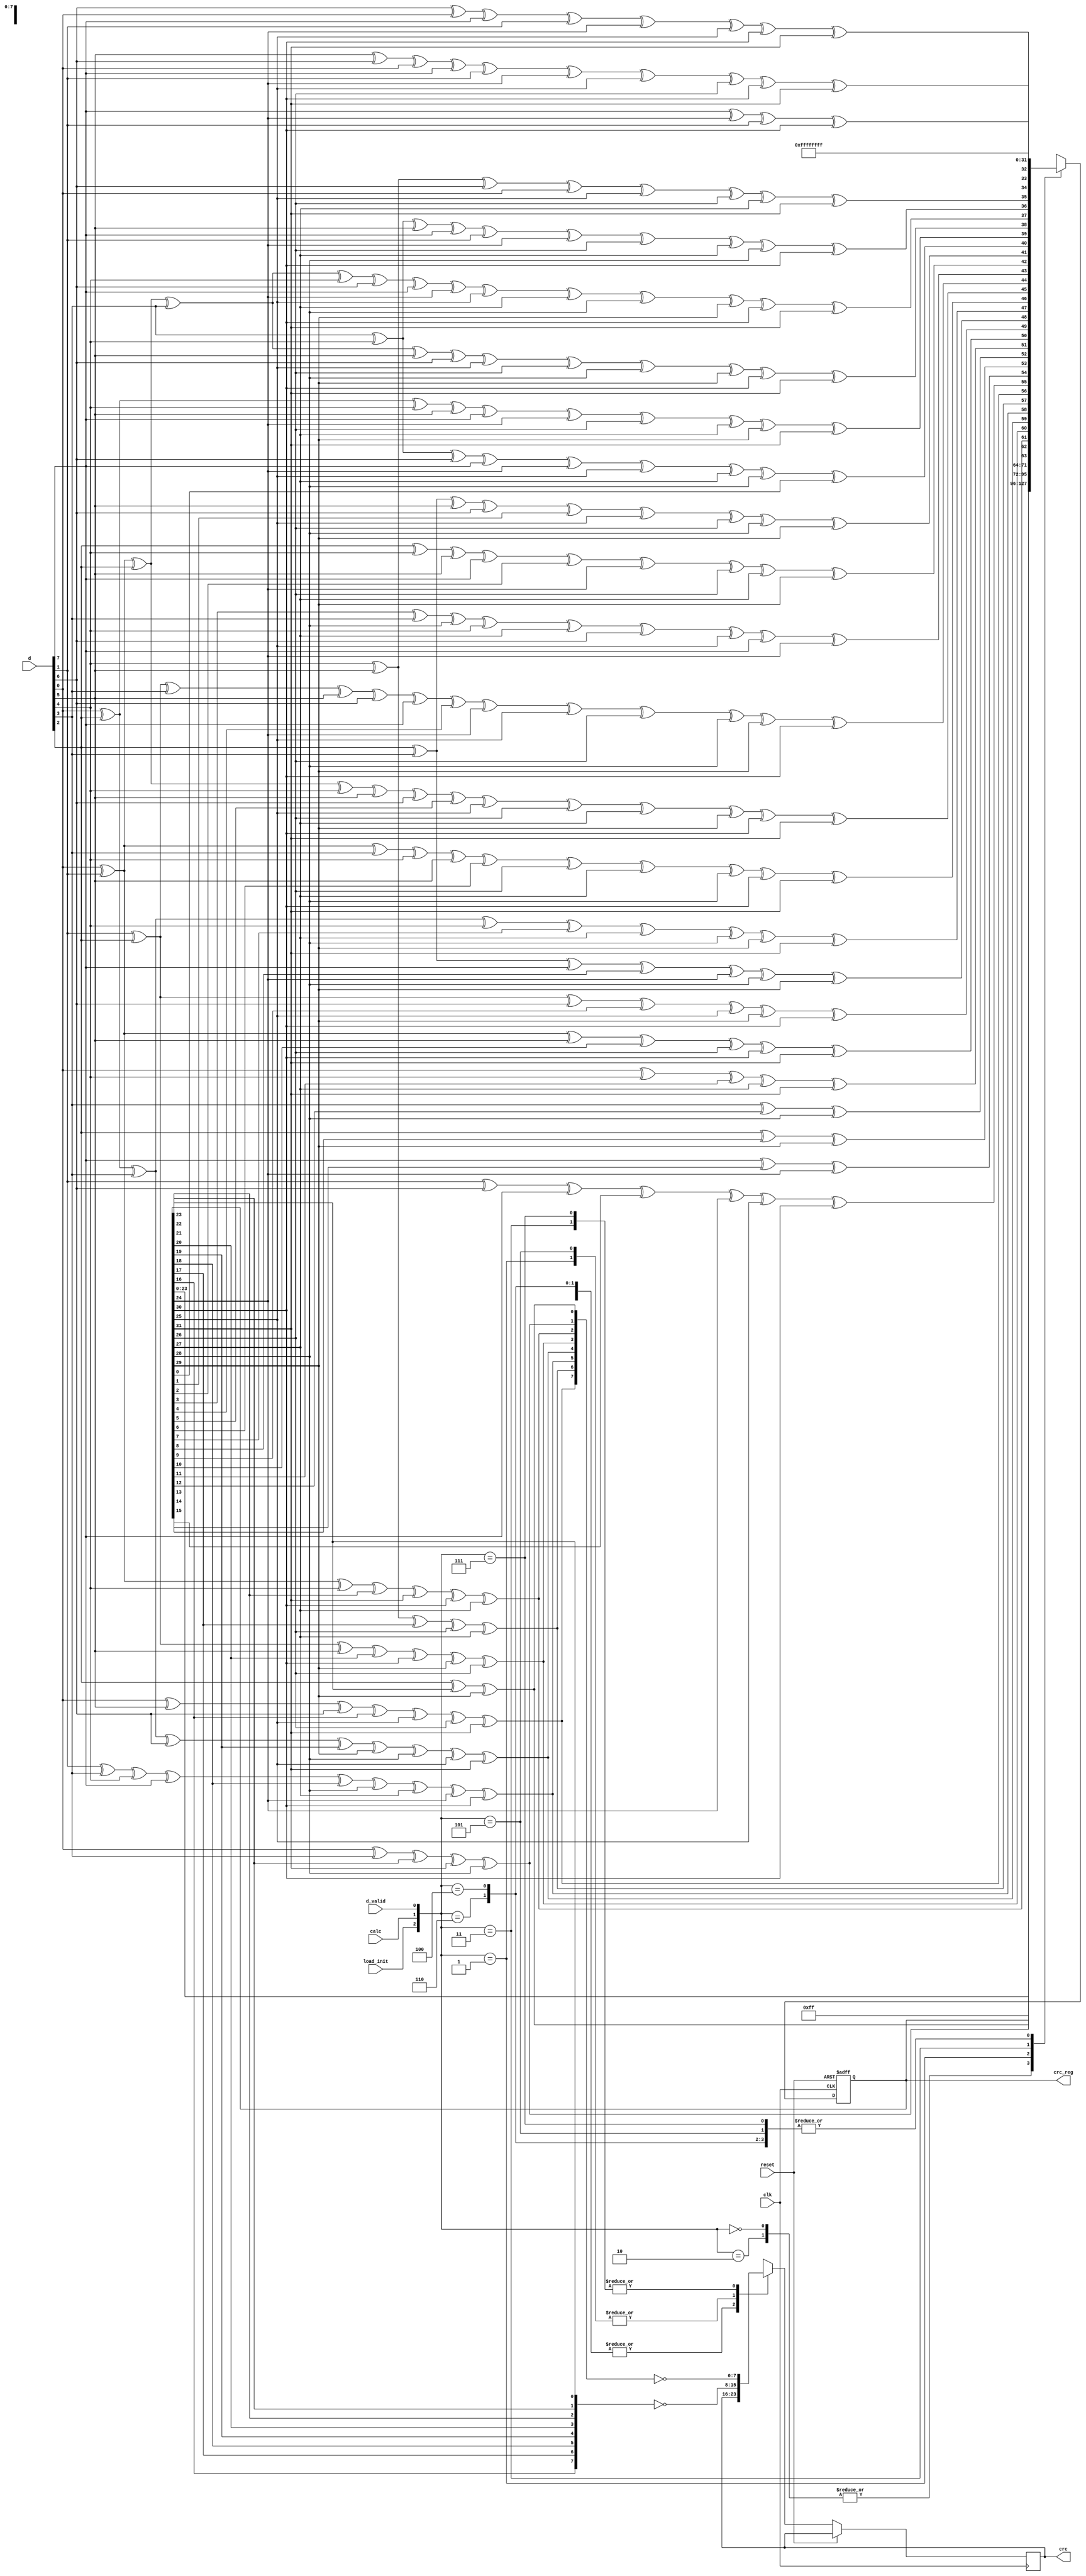
module crc32_8023(
input    			clk,
input    			reset,
input	[7:0]		d,
input    			load_init,
input    			calc,
input    			d_valid,
output	reg	[31:0]  crc_reg=32'hffffffff,
output	reg [7:0]	crc
    );
wire [2:0]   ctl;
wire [31:0]  next_crc;
wire [31:0]  i;
assign  i=crc_reg;
always @(posedge clk or posedge reset)
    if(reset)  crc_reg<=32'hffffffff;
    else begin
        case(ctl) // {load_init, calc, d_valid}
        3'b000,
        3'b010:  begin   crc_reg<=crc_reg; 	crc<=crc;	end
        3'b001:  begin	
            crc_reg<={crc_reg[23:0], 8'hff};	
            crc<=~{crc_reg[16], crc_reg[17], crc_reg[18], crc_reg[19], 
                crc_reg[20], crc_reg[21], crc_reg[22], crc_reg[23]};
            end // [16:23];
        3'b011:  begin	
            crc_reg<=next_crc[31:0];		
            crc<=~{next_crc[24], next_crc[25], next_crc[26], next_crc[27], 
                next_crc[28], next_crc[29], next_crc[30], next_crc[31]};	
            end // [24:31];
        3'b100, 
        3'b110:  begin	
            crc_reg<=32'hffffffff;		
            crc<=crc;				
            end
        3'b101:  begin	
            crc_reg<=32'hffffffff;			
            crc<=~{crc_reg[16], crc_reg[17], crc_reg[18], crc_reg[19], 
                crc_reg[20], crc_reg[21], crc_reg[22], crc_reg[23]};	
            end // [16:23];
        3'b111: begin	
            crc_reg<=32'hffffffff;			
            crc<=~{next_crc[24], next_crc[25], next_crc[26], next_crc[27], 
                next_crc[28], next_crc[29], next_crc[30], next_crc[31]};
            end // [24:31];
        endcase
        end
assign next_crc[0]=d[7]^i[24]^d[1]^i[30];
assign next_crc[1]=d[6]^d[0]^d[7]^d[1]^i[24]^i[25]^i[30]^i[31];
assign next_crc[2]=d[5]^d[6]^d[0]^d[7]^d[1]^i[24]^i[25]^i[26]^i[30]^i[31];
assign next_crc[3]=d[4]^d[5]^d[6]^d[0]^i[25]^i[26]^i[27]^i[31];
assign next_crc[4]=d[3]^d[4]^d[5]^d[7]^d[1]^i[24]^i[26]^i[27]^i[28]^i[30];
assign next_crc[5]=d[0]^d[1]^d[2]^d[3]^d[4]^d[6]^d[7]^i[24]^i[25]^i[27]^i[28]^i[29]
    ^i[30]^i[31];
assign next_crc[6]=d[0]^d[1]^d[2]^d[3]^d[5]^d[6]^i[25]^i[26]^i[28]^i[29]^i[30]^i[31];
assign next_crc[7]=d[0]^d[2]^d[4]^d[5]^d[7]^i[24]^i[26]^i[27]^i[29]^i[31];
assign next_crc[8]=d[3]^d[4]^d[6]^d[7]^i[24]^i[25]^i[27]^i[28]^i[0];
assign next_crc[9]=d[2]^d[3]^d[5]^d[6]^i[1]^i[25]^i[26]^i[28]^i[29];
assign next_crc[10]=d[2]^d[4]^d[5]^d[7]^i[2]^i[24]^i[26]^i[27]^i[29];
assign next_crc[11]=i[3]^d[3]^i[28]^d[4]^i[27]^d[6]^i[25]^d[7]^i[24];
assign next_crc[12]=d[1]^d[2]^d[3]^d[5]^d[6]^d[7]^i[4]^i[24]^i[25]^i[26]^i[28]^i[29]
    ^i[30];
assign next_crc[13]=d[0]^d[1]^d[2]^d[4]^d[5]^d[6]^i[5]^i[25]^i[26]^i[27]^i[29]^i[30]
    ^i[31];
assign next_crc[14]=d[0]^d[1]^d[3]^d[4]^d[5]^i[6]^i[26]^i[27]^i[28]^i[30]^i[31];
assign next_crc[15]=d[0]^d[2]^d[3]^d[4]^i[7]^i[27]^i[28]^i[29]^i[31];
assign next_crc[16]=d[2]^d[3]^d[7]^i[8]^i[24]^i[28]^i[29];
assign next_crc[17]=d[1]^d[2]^d[6]^i[9]^i[25]^i[29]^i[30];
assign next_crc[18]=d[0]^d[1]^d[5]^i[10]^i[26]^i[30]^i[31];
assign next_crc[19]=d[0]^d[4]^i[11]^i[27]^i[31];
assign next_crc[20]=d[3]^i[12]^i[28];
assign next_crc[21]=d[2]^i[13]^i[29];
assign next_crc[22]=d[7]^i[14]^i[24];
assign next_crc[23]=d[1]^d[6]^d[7]^i[15]^i[24]^i[25]^i[30];
assign next_crc[24]=d[0]^d[5]^d[6]^i[16]^i[25]^i[26]^i[31];
assign next_crc[25]=d[4]^d[5]^i[17]^i[26]^i[27];
assign next_crc[26]=d[1]^d[3]^d[4]^d[7]^i[18]^i[28]^i[27]^i[24]^i[30];
assign next_crc[27]=d[0]^d[2]^d[3]^d[6]^i[19]^i[29]^i[28]^i[25]^i[31];
assign next_crc[28]=d[1]^d[2]^d[5]^i[20]^i[30]^i[29]^i[26];
assign next_crc[29]=d[0]^d[1]^d[4]^i[21]^i[31]^i[30]^i[27];
assign next_crc[30]=d[0]^d[3]^i[22]^i[31]^i[28];
assign next_crc[31]=d[2]^i[23]^i[29];
assign ctl={load_init, calc, d_valid};
endmodule